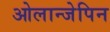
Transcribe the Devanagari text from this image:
ओलान्जेपिन